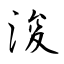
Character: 浚